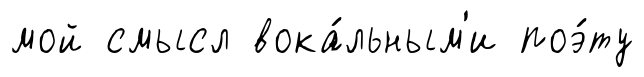
мой смысл вока́льным'и поэ́ту